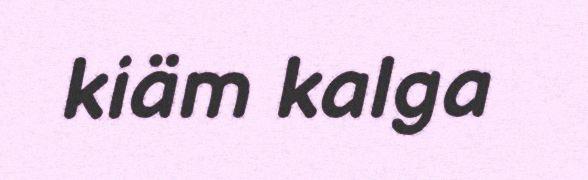
kiäm kalga